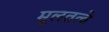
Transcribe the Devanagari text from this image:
मूलतत्वे